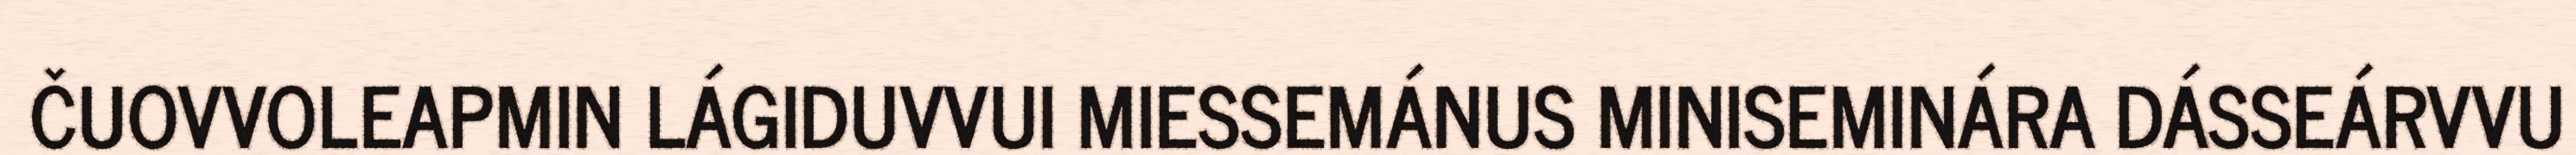
ČUOVVOLEAPMIN LÁGIDUVVUI MIESSEMÁNUS MINISEMINÁRA DÁSSEÁRVVU